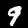
Label: 9